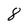
Character: 8